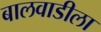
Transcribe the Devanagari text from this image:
बालवाडीला